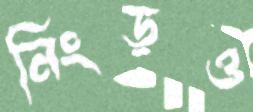
নিংড়ও